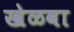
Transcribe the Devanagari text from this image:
खेळवा